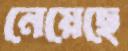
নেয়েছে